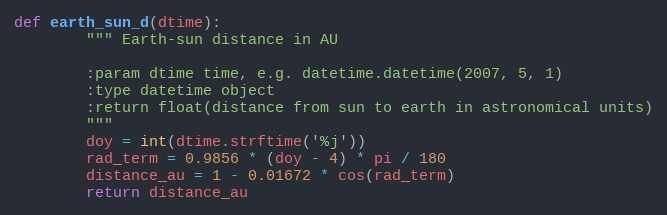
Language: Python
def earth_sun_d(dtime):
        """ Earth-sun distance in AU

        :param dtime time, e.g. datetime.datetime(2007, 5, 1)
        :type datetime object
        :return float(distance from sun to earth in astronomical units)
        """
        doy = int(dtime.strftime('%j'))
        rad_term = 0.9856 * (doy - 4) * pi / 180
        distance_au = 1 - 0.01672 * cos(rad_term)
        return distance_au